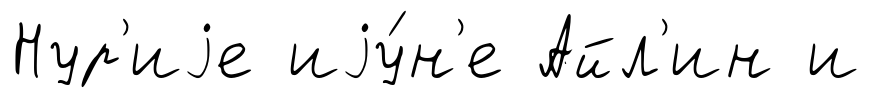
Нур'иjе иjу́н'е Айл'ин и